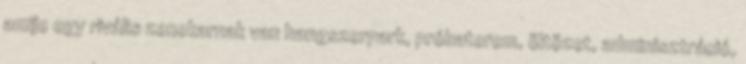
amije egy rivális zenekarnak van hangszerpark, próbaterem, öltözet, adminisztráció,